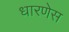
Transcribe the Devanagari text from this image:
धारणेस